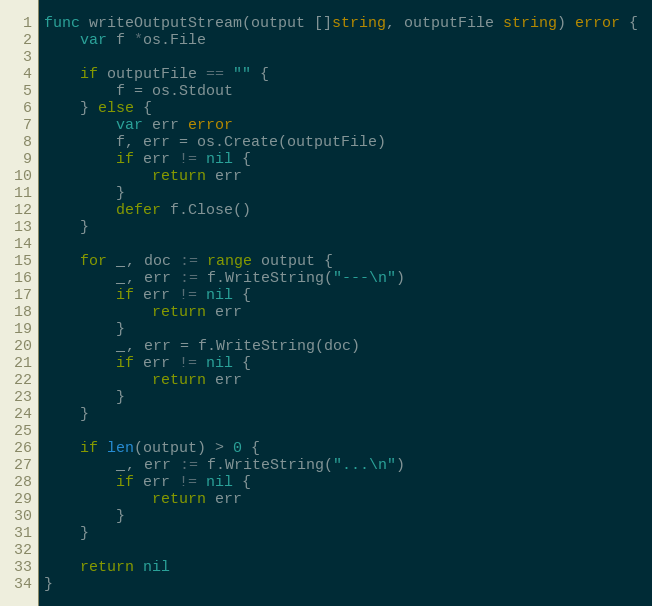
Language: Go
func writeOutputStream(output []string, outputFile string) error {
	var f *os.File

	if outputFile == "" {
		f = os.Stdout
	} else {
		var err error
		f, err = os.Create(outputFile)
		if err != nil {
			return err
		}
		defer f.Close()
	}

	for _, doc := range output {
		_, err := f.WriteString("---\n")
		if err != nil {
			return err
		}
		_, err = f.WriteString(doc)
		if err != nil {
			return err
		}
	}

	if len(output) > 0 {
		_, err := f.WriteString("...\n")
		if err != nil {
			return err
		}
	}

	return nil
}